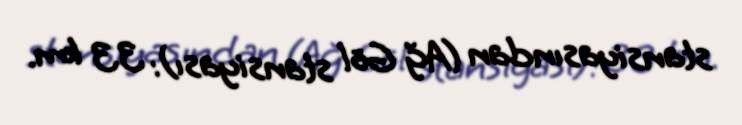
stansiyasından (Ağ Göl stansiyası): 33 km.